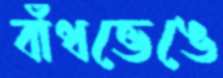
বাঁধভেঙে